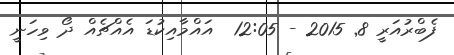
ފެބްރުއަރީ 8